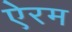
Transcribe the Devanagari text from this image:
ऐरम